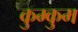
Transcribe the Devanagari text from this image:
कुम्कुम